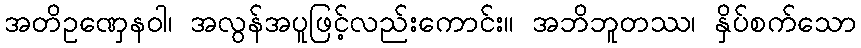
အတိဥဏှေနဝါ၊ အလွန်အပူဖြင့်လည်းကောင်း။ အဘိဘူတဿ၊ နှိပ်စက်သော